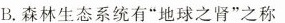
B.森林生态系统有”地球之肾”之称